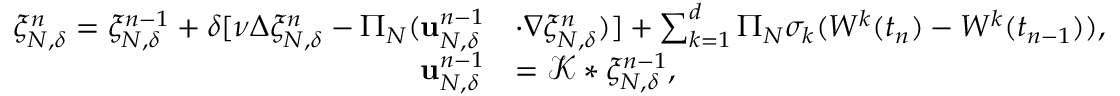
\begin{array} { r l } { \xi _ { N , \delta } ^ { n } = \xi _ { N , \delta } ^ { n - 1 } + \delta [ \nu \Delta \xi _ { N , \delta } ^ { n } - \Pi _ { N } ( \mathbf { u } _ { N , \delta } ^ { n - 1 } } & { \cdot \nabla \xi _ { N , \delta } ^ { n } ) ] + \sum _ { k = 1 } ^ { d } \Pi _ { N } \sigma _ { k } ( W ^ { k } ( t _ { n } ) - W ^ { k } ( t _ { n - 1 } ) ) , } \\ { \mathbf { u } _ { N , \delta } ^ { n - 1 } } & { = \mathcal { K } \ast \xi _ { N , \delta } ^ { n - 1 } , } \end{array}